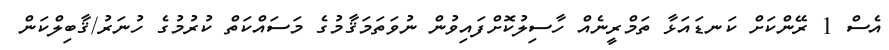
އެސް 1 ރޭންކަށް ކަނޑައަޅާ ތަމްރީނެއް ހާސިލުކޮށްފައިވުން ނުވަތަމަޤާމުގެ މަސައްކަތް ކުރުމުގެ ހުނަރު/ޤާބިލްކަން